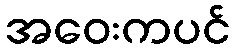
အဝေးကပင်